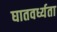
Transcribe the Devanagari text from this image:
घातवर्ध्यता